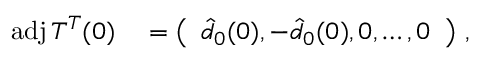
\begin{array} { r l } { \mathrm { a d j } \, T ^ { T } ( 0 ) } & { { } = \left( \begin{array} { l } { \hat { d } _ { 0 } ( 0 ) , - \hat { d } _ { 0 } ( 0 ) , 0 , \dots , 0 } \end{array} \right) \, , } \end{array}